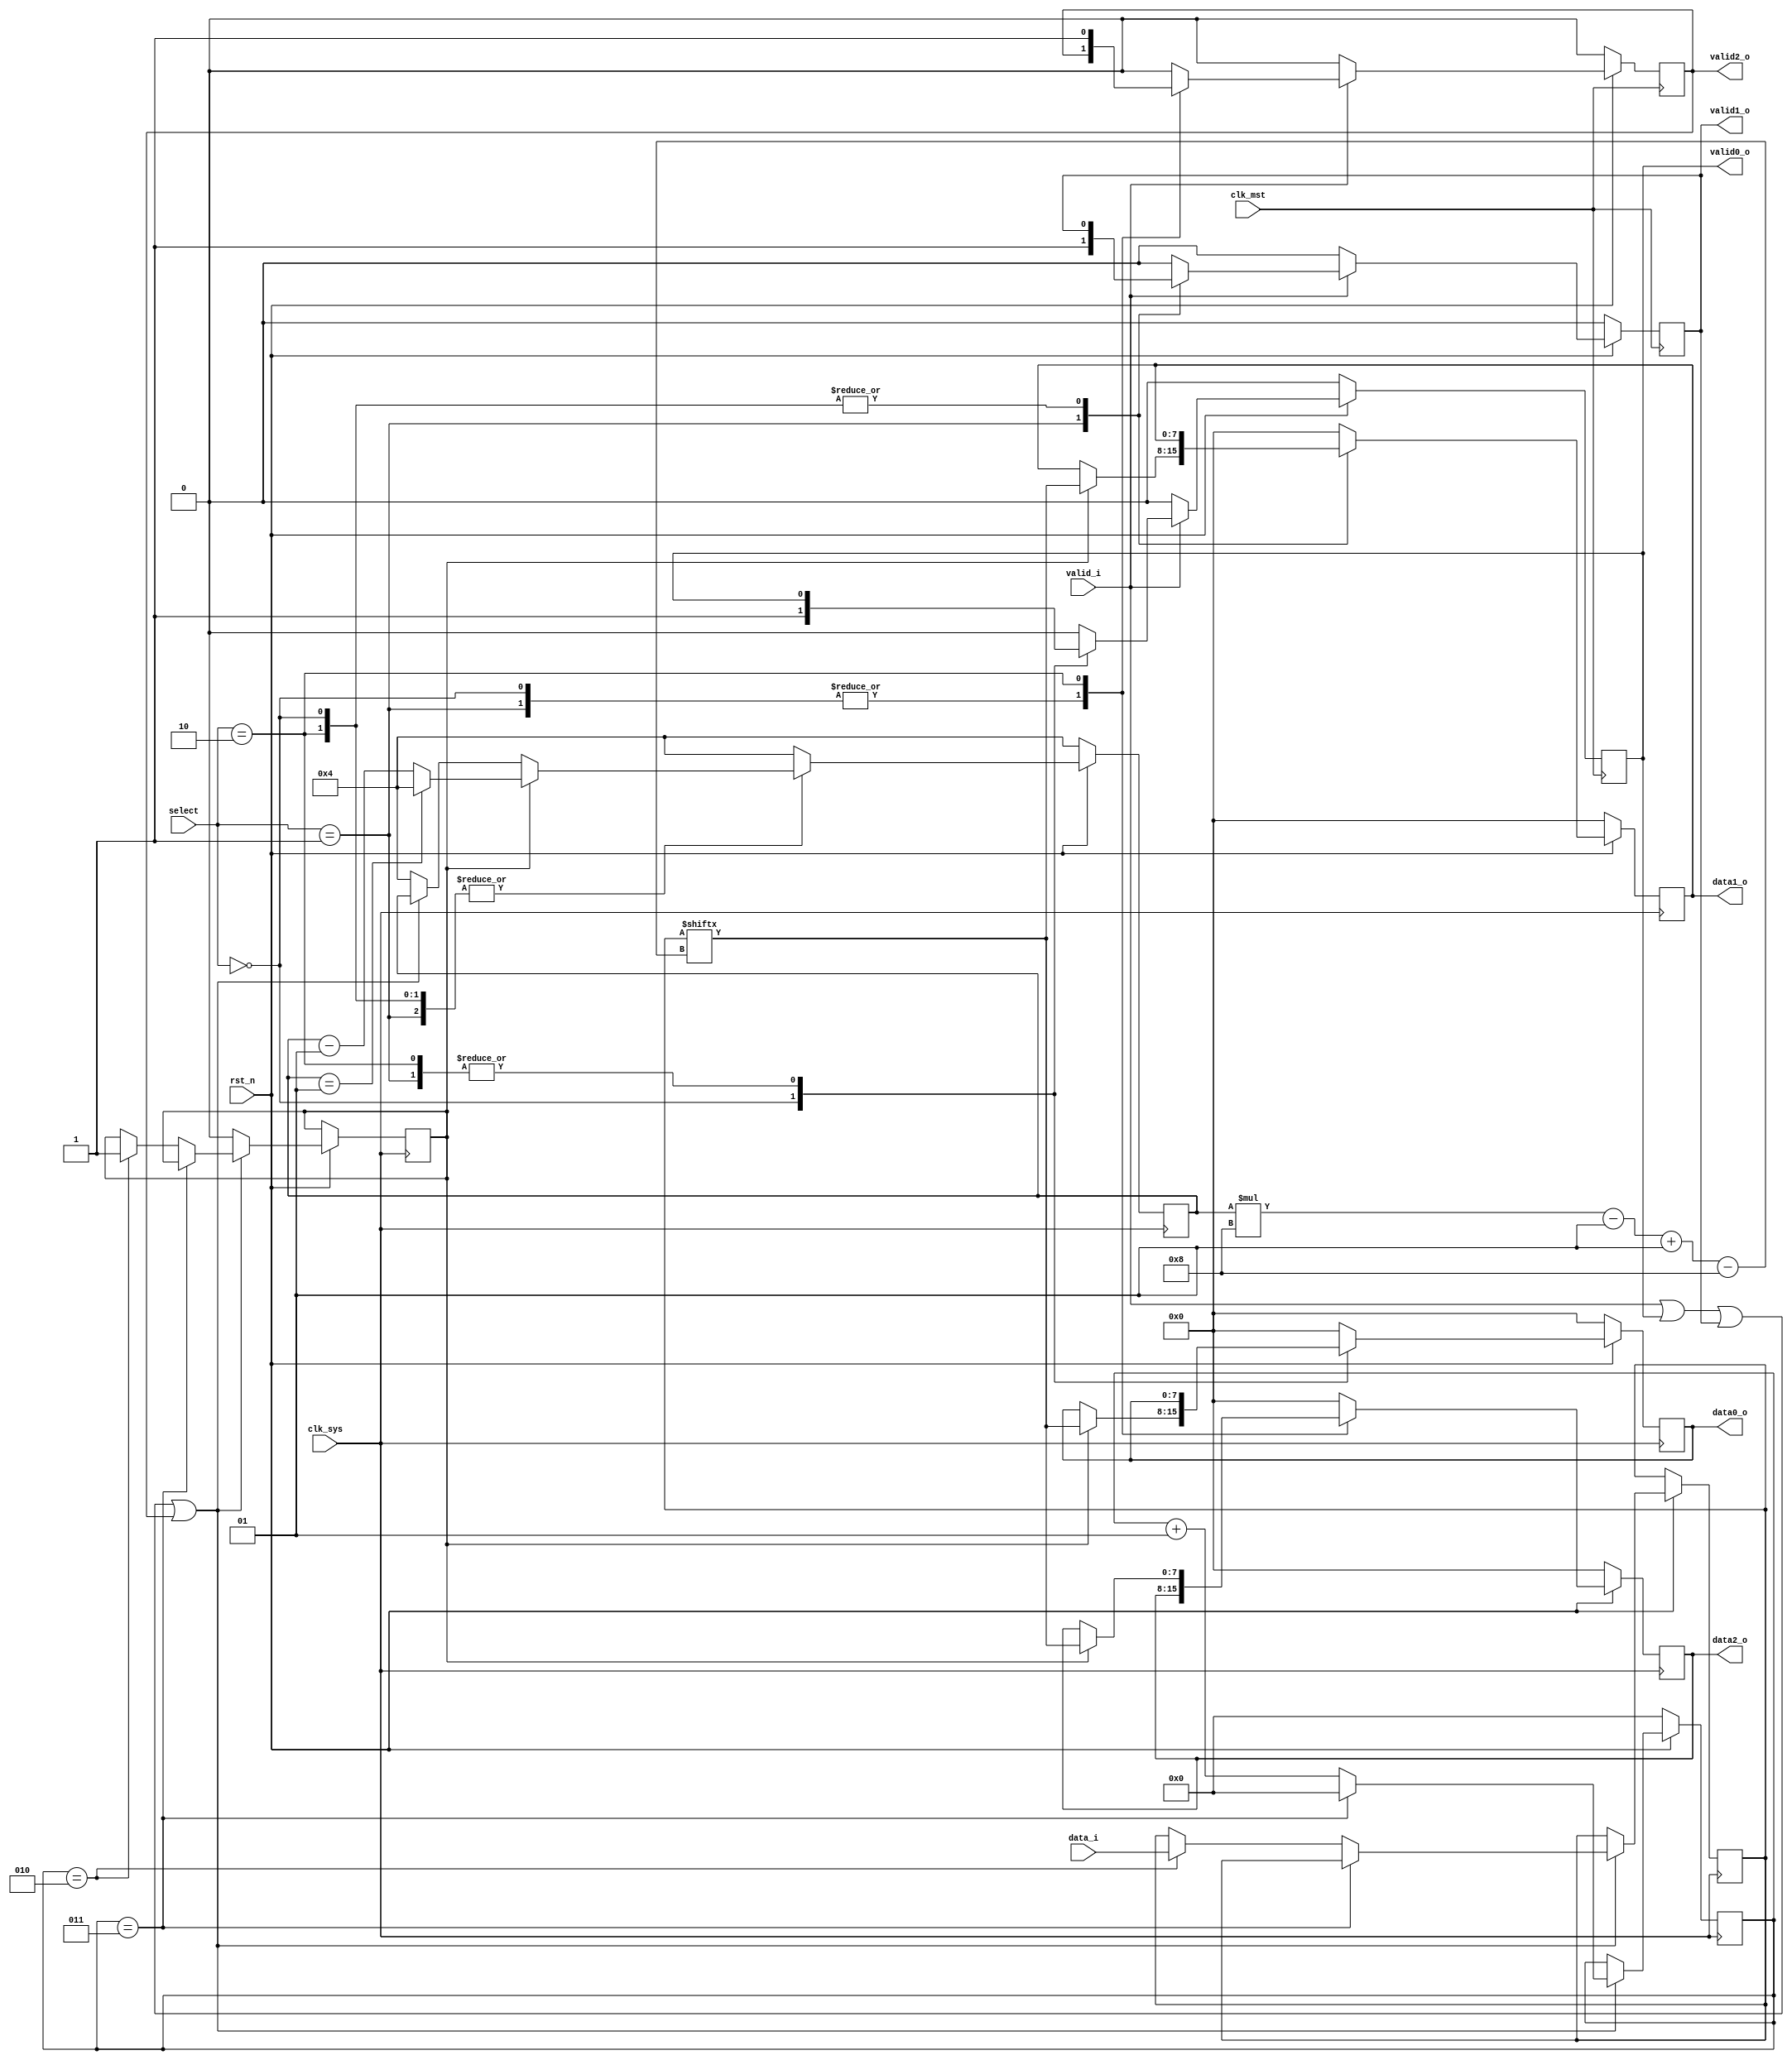
`timescale 1ns / 1ps
//////////////////////////////////////////////////////////////////////////////////
// Company: 
// Engineer: 
// 
// Design Name: 
// Module Name:    demux 
// Project Name: 
// Target Devices: 
// Tool versions: 
// Description: 
//
// Dependencies: 
//
// Revision: 
// Revision 0.01 - File Created
// Additional Comments: 
//
//////////////////////////////////////////////////////////////////////////////////

module demux #(
		parameter MST_DWIDTH = 32,
		parameter SYS_DWIDTH = 8
	)(
		// Clock and reset interface
		input clk_sys,
		input clk_mst,
		input rst_n,
		
		//Select interface
		input[1:0] select,
		
		// Input interface
		input [MST_DWIDTH -1  : 0]	 		data_i,
		input 						 	 	valid_i,
		
		//output interfaces
		output reg [SYS_DWIDTH - 1 : 0] 	data0_o,
		output reg    						valid0_o,
		
		output reg [SYS_DWIDTH - 1 : 0] 	data1_o,
		output reg     						valid1_o,
		
		output reg [SYS_DWIDTH - 1 : 0] 	data2_o,
		output reg     						valid2_o
    );
	

	reg [ MST_DWIDTH - 1 : 0 ] aux, aux1;
	integer i = 0, j;
	reg ok;
	
	always @(posedge clk_sys) begin
		if( !rst_n ) begin
			data0_o <= 0;
			data1_o <= 0;
			data2_o <= 0;
			i <= 0;
			j <= 4;
		end
		else begin
			if ( valid_i || valid0_o || valid1_o || valid2_o) begin
				if( i == 3 ) begin
					i <= 0;
				end
				else if( i == 2 ) begin
					aux <= data_i;
					i <= i + 1;
					ok <= 1; //folosim ok pentru a adauga datele in data_o in momentul in care valid_o este 1
				end
				else i <= i + 1;
			end 
			else begin 
				ok <= 0;
				j <= 4;
			end

			case (select)
				0: begin
					if(ok) begin
						data0_o <= aux[ (j*8-1) -: 8 ];
						if( j == 1 )
							j <= 4;
						else j <= j - 1;
					end
				end
				1: begin
					if(ok) begin
						data1_o <= aux[ (j*8-1) -: 8 ];
						if( j == 1 )
							j <= 4;
						else j <= j - 1;
					end
				end
				2: begin
					if(ok) begin
						data2_o <= aux[ (j*8-1) -: 8 ];
						if( j == 1 )
							j <= 4;
						else j <= j - 1;
					end
				end
				default: begin
					data0_o <= 0;
					data1_o <= 0;
					data2_o <= 0;
					j <= 4;
				end
			endcase
		end
	end
	
	always @(posedge clk_mst) begin
		if( !rst_n ) begin
			valid0_o <= 0;
			valid1_o <= 0;
			valid2_o <= 0;
		end
		else begin
			if( valid_i ) begin
				case (select)
					
					0: begin
						valid0_o <= 1;
					end
					
					1: begin
						valid1_o <= 1;
					end
					2: begin
						valid2_o <= 1;
					end
					default: begin
						valid0_o <= 0;
						valid1_o <= 0;
						valid2_o <= 0;
					end	
				endcase
			end
			else begin
				valid0_o <= 0;
				valid1_o <= 0;
				valid2_o <= 0;
			end
		end
	end
endmodule